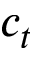
c _ { t }